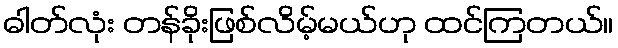
ဓါတ်လုံး တန်ခိုးဖြစ်လိမ့်မယ်ဟု ထင်ကြတယ်။